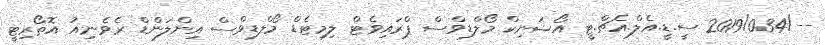
--/2019/034 ސީ.ޑީ.އެލް.އެޗް.ޓީ އޯޝަނިކް މޯލްޑިވްސް ޕްރައިވެޓް ލިމިޓެޑް މޯލްޑިވްސް އިންލަންޑް ރެވެނިއު އޮތޯރިޓީ